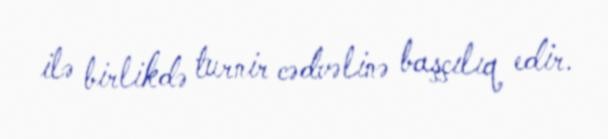
ilə birlikdə turnir cədvəlinə başçılıq edir.